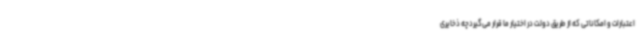
اعتبارات و امکاناتی که از طریق دولت در اختیار ما قرار می‌گیردچه ذخایری